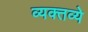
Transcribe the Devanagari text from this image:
व्यक्तव्ये